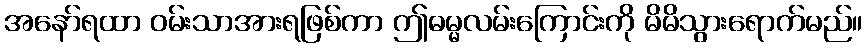
အနော်ရထာ ဝမ်းသာအားရဖြစ်ကာ ဤဓမ္မလမ်းကြောင်းကို မိမိသွားရောက်မည်။